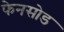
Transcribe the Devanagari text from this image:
फेनसोड